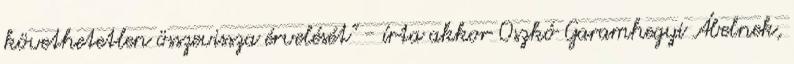
követhetetlen összevissza érvelését" - írta akkor Oszkó Garamhegyi Ábelnek,